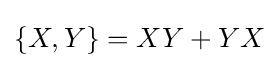
\{X,Y\}=XY+YX